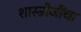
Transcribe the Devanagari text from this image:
शास्त्रीजींचा